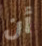
أن